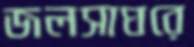
জলসাঘরে